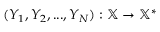
( Y _ { 1 } , Y _ { 2 } , . . . , Y _ { N } ) : \mathbb { X } \rightarrow \mathbb { X } ^ { * }